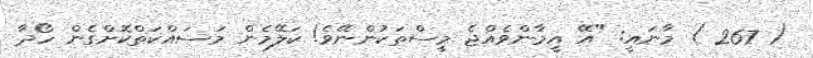
( 267 ) މާނައީ: "އޭ އީމާންވެއްޖެ މީސްތަކުންނޭވެ! ކަލޭމެން މަސައްކަތްކޮށްގެން ހޯދާ